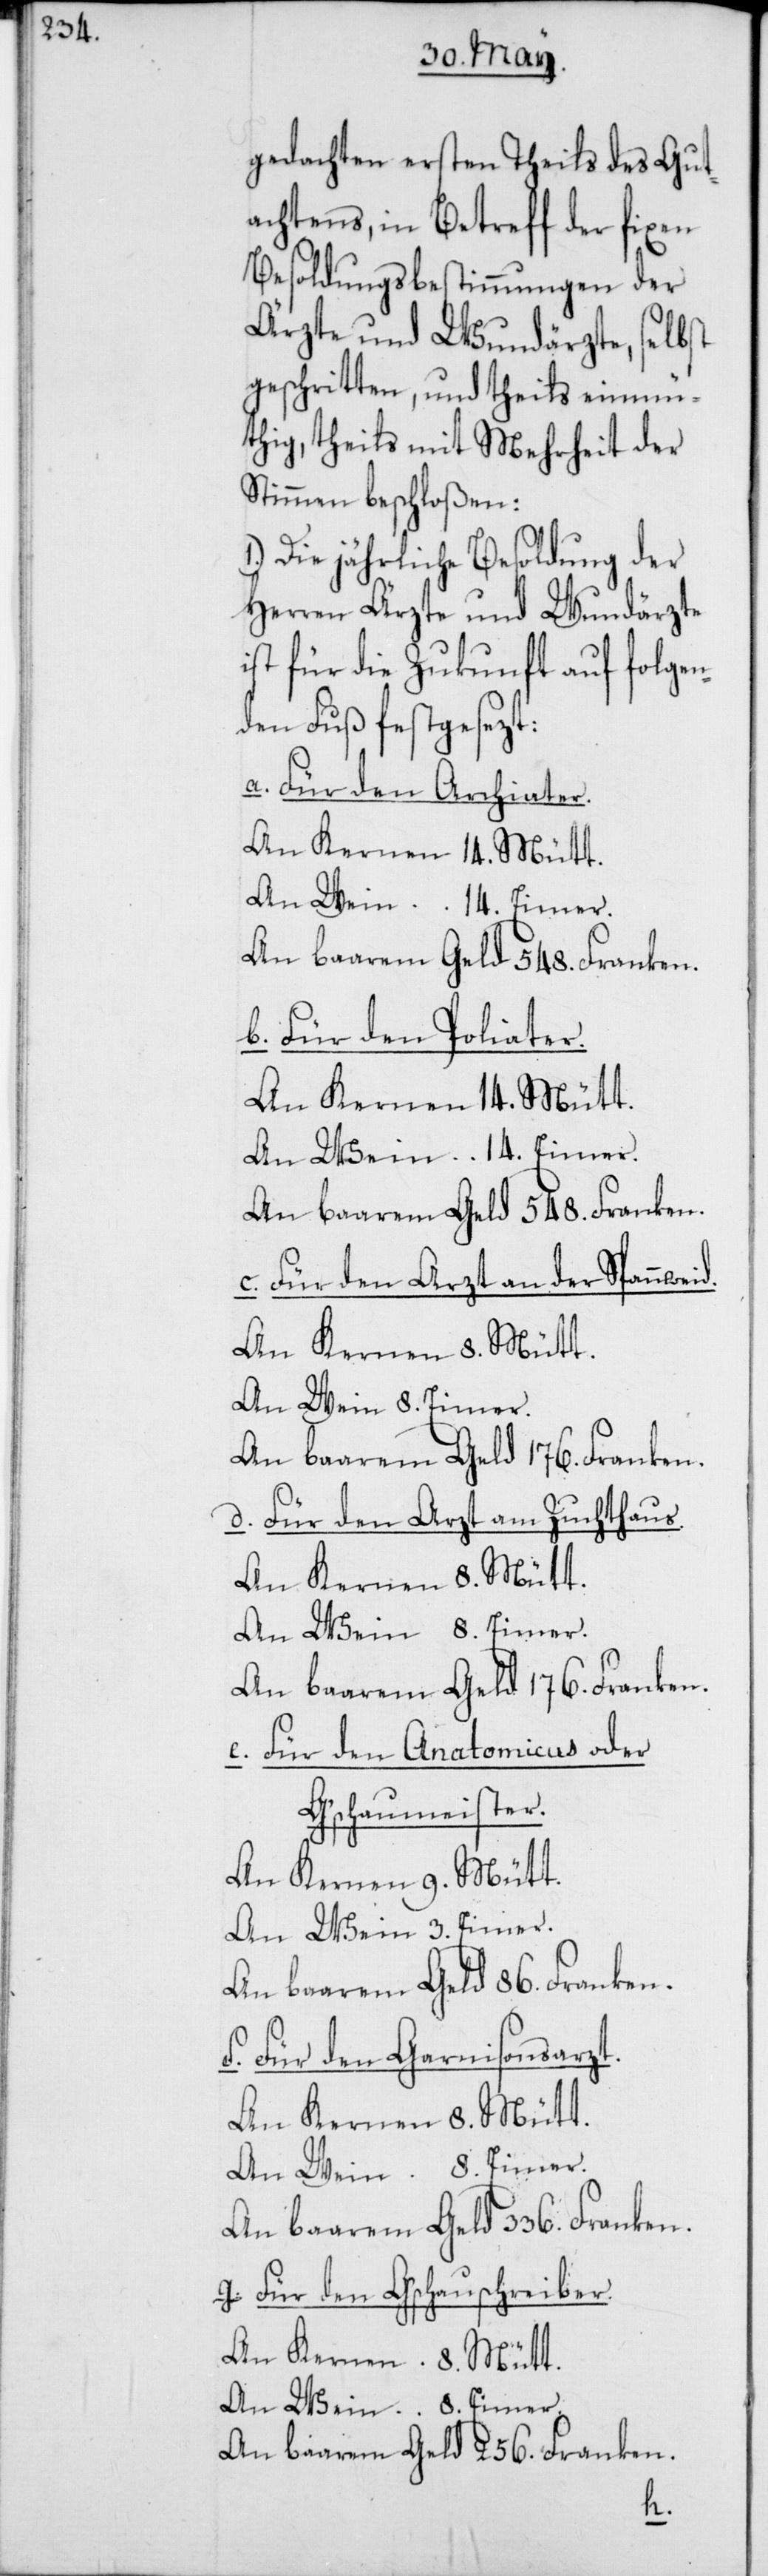
gedachten ersten Theils des Gut¬
achtens, in Betreff der fixen
Besoldungsbestimmungen der
Ärzte und Wundärzte, selbst
geschritten, und theils einmü¬
thig, theils mit Mehrheit der
Stimmen beschloßen:
1.) Die jährliche Besoldung der
Herren Ärzte und Wundärzte
ist für die Zukunft auf folgen¬
den Fuß festgesezt:
a. Für den Archiater.
An Kernen 14. Mütt.
An baarem Geld 548. Franken.
b. Für den Poliater.
An Kernen 14. Mütt.
An Wein 14. Eimer.
An baarem Geld 548. Franken.
c. Für den Arzt an der Spanweid.
An Kernen 8. Mütt.
An Wein 8. Eimer.
d. Für den Arzt am Zuchthaus.
An Kernen 8. Mütt.
An Wein 8. Eimer.
An baarem Geld 336. Franken.
e. Für den Anatomicus oder
G’schaumeister.
An Kernen 9. Mütt
An Wein 3. Eimer.
f. Für den Garnisonsarzt.
g. Für den G’schauschreiber.
An baarem Geld 256. Franken.